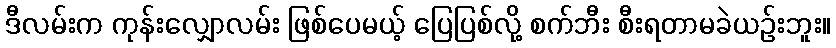
ဒီလမ်းက ကုန်းလျှောလမ်း ဖြစ်ပေမယ့် ပြေပြစ်လို့ စက်ဘီး စီးရတာမခဲယဉ်းဘူး။